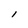
Character: l